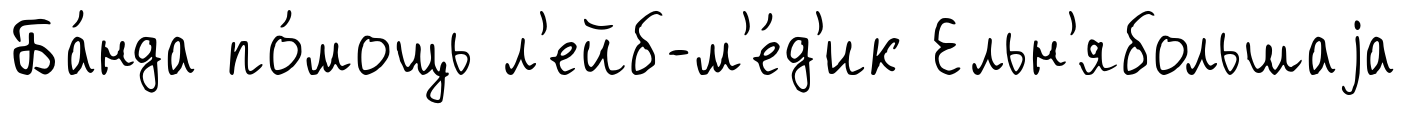
Ба́нда по́мощь л'ейб-м'е́д'ик Ельн'ябольшаjа